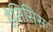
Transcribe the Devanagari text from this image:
डेसिसिस